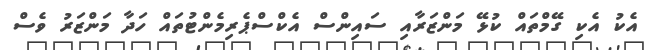
އެކު އެކި ގޭމްތައް ކުޅޭ މަންޒަރާއި ސައިންސް އެކްސްޕެރިމެންޓުތައް ހަދާ މަންޒަރު ވެސް